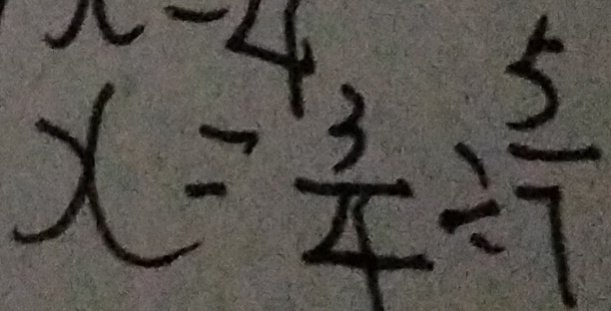
x = \frac { 3 } { 4 } \div \frac { 5 } { 7 }